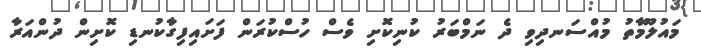
މައުލޫމާތު މުއްސަނދިވި ދެ ނަމްބަރު ކުނިކޮށި ވެސް ހުސްކުރަން ފަށައިފިގާކުނޑި ކޮށިން ދުންއަރާ